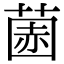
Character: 𫈽